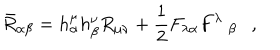
LaTeX: \bar { R } _ { \alpha \beta } = h _ { \alpha } ^ { \mu } h _ { \beta } ^ { \nu } R _ { \mu \nu } + \frac 1 2 F _ { \lambda \alpha } F ^ { \lambda } ~ _ { \beta } ,